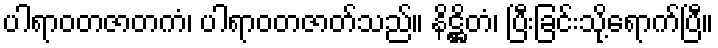
ပါရာဝတဇာတကံ၊ ပါရာဝတဇာတ်သည်။ နိဋ္ဌိတံ၊ ပြီးခြင်းသို့ရောက်ပြီ။